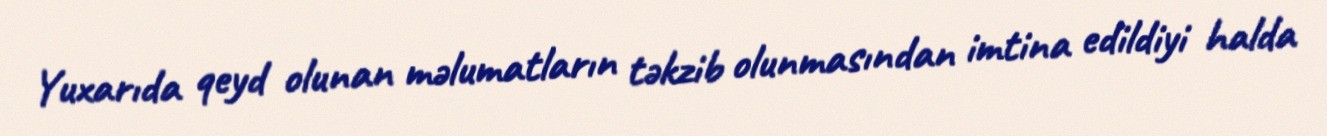
Yuxarıda qeyd olunan məlumatların təkzib olunmasından imtina edildiyi halda